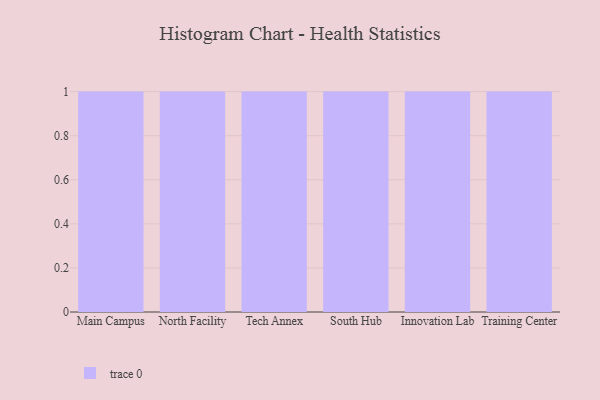
{"axis": {"x": "Campus", "y": "Gross Profit (USD K)"}, "legend": [""], "data": [{"x": "Main Campus", "y": 59, "type": ""}, {"x": "North Facility", "y": 45, "type": ""}, {"x": "Tech Annex", "y": 68, "type": ""}, {"x": "South Hub", "y": 68, "type": ""}, {"x": "Innovation Lab", "y": 82, "type": ""}, {"x": "Training Center", "y": 88, "type": ""}]}